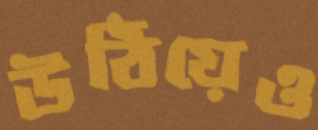
উঠিয়েও